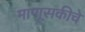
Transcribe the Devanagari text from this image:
माणूसकीचे